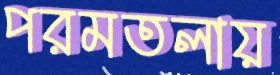
পরমতলায়